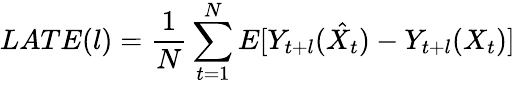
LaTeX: LATE(l)=\frac{1}{N}\sum_{t=1}^{N}E[Y_{t+l}(\hat{X_{t}})-Y_{t+l}(X_{t})]